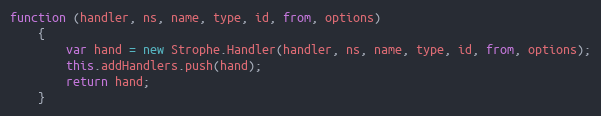
Language: JavaScript
function (handler, ns, name, type, id, from, options)
    {
        var hand = new Strophe.Handler(handler, ns, name, type, id, from, options);
        this.addHandlers.push(hand);
        return hand;
    }